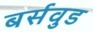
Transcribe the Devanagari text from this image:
बर्सवुड